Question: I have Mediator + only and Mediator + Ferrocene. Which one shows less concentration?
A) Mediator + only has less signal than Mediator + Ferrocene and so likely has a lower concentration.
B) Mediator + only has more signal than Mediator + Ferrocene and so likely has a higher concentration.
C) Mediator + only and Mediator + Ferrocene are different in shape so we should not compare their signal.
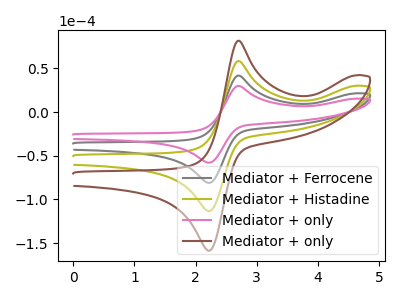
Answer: <think>The gray curve "Mediator + Ferrocene" has an anodic peak at (2.70V, 41.80uA) and a cathodic peak at (2.20V, -81.05uA). The olive curve "Mediator + Histadine" has an anodic peak at (2.70V, 83.55uA) and a cathodic peak at (2.20V, -162.15uA). The pink curve "Mediator + only" has an anodic peak at (2.70V, 29.85uA) and a cathodic peak at (2.20V, -57.95uA). The brown curve "Mediator + only" has an anodic peak at (2.70V, 125.35uA) and a cathodic peak at (2.20V, -243.20uA).
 All the peaks in "Mediator + only" have a peak in "Mediator + Ferrocene" at the same potential. Every peak in "Mediator + only" is lower than every peak in "Mediator + Ferrocene".</think>
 <answer>A) "Mediator + only" has less signal than "Mediator + Ferrocene" and so likely has a lower concentration.</answer>
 <eval>A</eval>